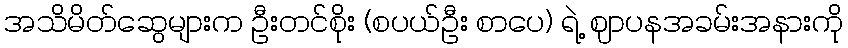
အသိမိတ်ဆွေများက ဦးတင်စိုး (စပယ်ဦး စာပေ) ရဲ့ ဈာပနအခမ်းအနားကို